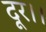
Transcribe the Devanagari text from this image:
दूर।।